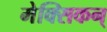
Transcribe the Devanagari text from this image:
मेक्सिकन्